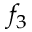
f _ { 3 }